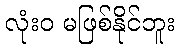
လုံးဝ မဖြစ်နိုင်ဘူး